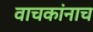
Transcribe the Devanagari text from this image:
वाचकांनाच